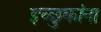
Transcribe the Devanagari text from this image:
इच्छुकांना